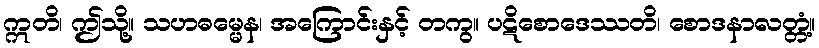
ဣတိ၊ ဤသို့။ သဟဓမ္မေန၊ အကြောင်းနှင့် တကွ။ ပဋိစောဒေဿတိ၊ စောဒနာလတ္တံ့။